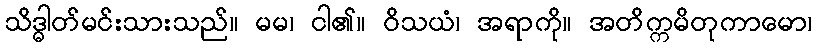
သိဒ္ဓါတ်မင်းသားသည်။ မမ၊ ငါ၏။ ဝိသယံ၊ အရာကို။ အတိက္ကမိတုကာမော၊